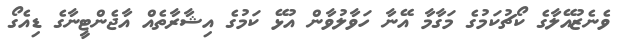
ވެނެޒުއޭލާގެ ކޯޗުކަމުގެ މަގާމާ އޭނާ ހަވާލުވާން އުޅޭ ކަމުގެ އިޝާރާތެއް އާޖެންޓީނާގެ ޑިއެގޯ